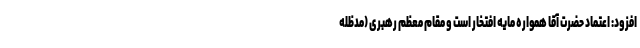
افزود: اعتماد حضرت آقا همواره مایه افتخار است و مقام معظم رهبری (مدظله